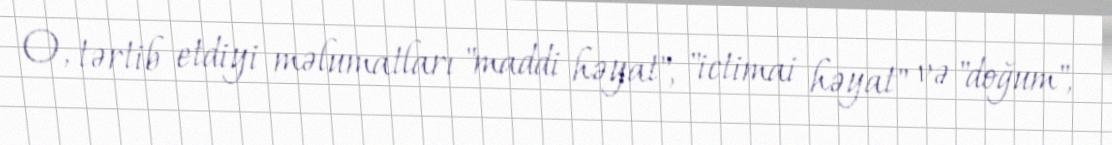
O, tərtib etdiyi məlumatları "maddi həyat", "ictimai həyat" və "doğum",